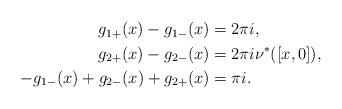
LaTeX: \begin{align*} \begin{aligned}g_{1+}(x)-g_{1-}(x) &= 2\pi i,\\g_{2+}(x)-g_{2-}(x) &= 2\pi i\nu^*([x,0]),\\-g_{1-}(x)+g_{2-}(x)+g_{2+}(x) &= \pi i.\end{aligned}\end{align*}